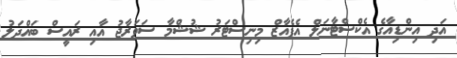
އަދި އިންޑިއާގެ އެކްސްޓާނަލް އެފެއާޒް މިނިސްޓަރު ޝުޝްމާ ސަވަރާޖު އާއި ރައީސް ބައްދަލު